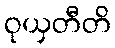
ဝုယှတီတိ